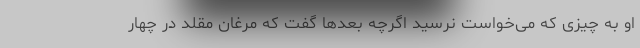
او به چیزی که می‌خواست نرسید اگرچه بعدها گفت که مرغان مقلد در چهار